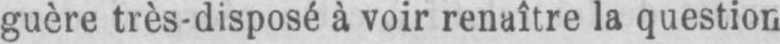
guère très-disposé à voir renaître la question